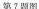
第7题图